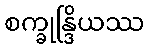
စက္ခုန္ဒြိယဿ